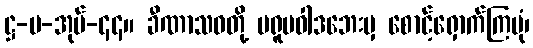
ဋ္ဌ-ပ-အုပ်-၄၄။ ခီဏာသဝတို့ ပရူပဝါဒဘေးမှ စောင့်ရှောက်ကြပုံ၊